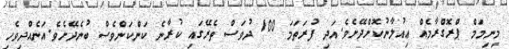
މިނިމަމް ޕްރޮގްރާމެއް ޢިއުލާނުކޮށްދޭށެވެ.އަދި ފުރަތަމަ 100 ދުވަސް ތެރޭގައި ކުރާނެ ކަންކަންވެސް ބުނެދޭށެވެ.އަނެއްދިވެހި